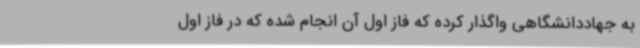
به جهاددانشگاهی واگذار کرده که فاز اول آن انجام شده که در فاز اول